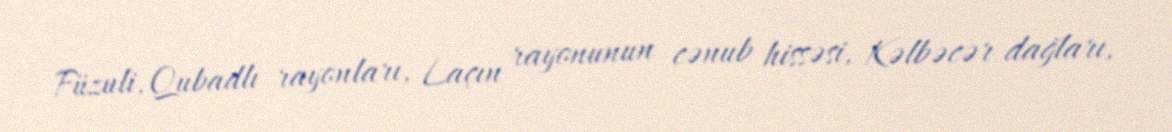
Füzuli, Qubadlı rayonları, Laçın rayonunun cənub hissəsi, Kəlbəcər dağları,